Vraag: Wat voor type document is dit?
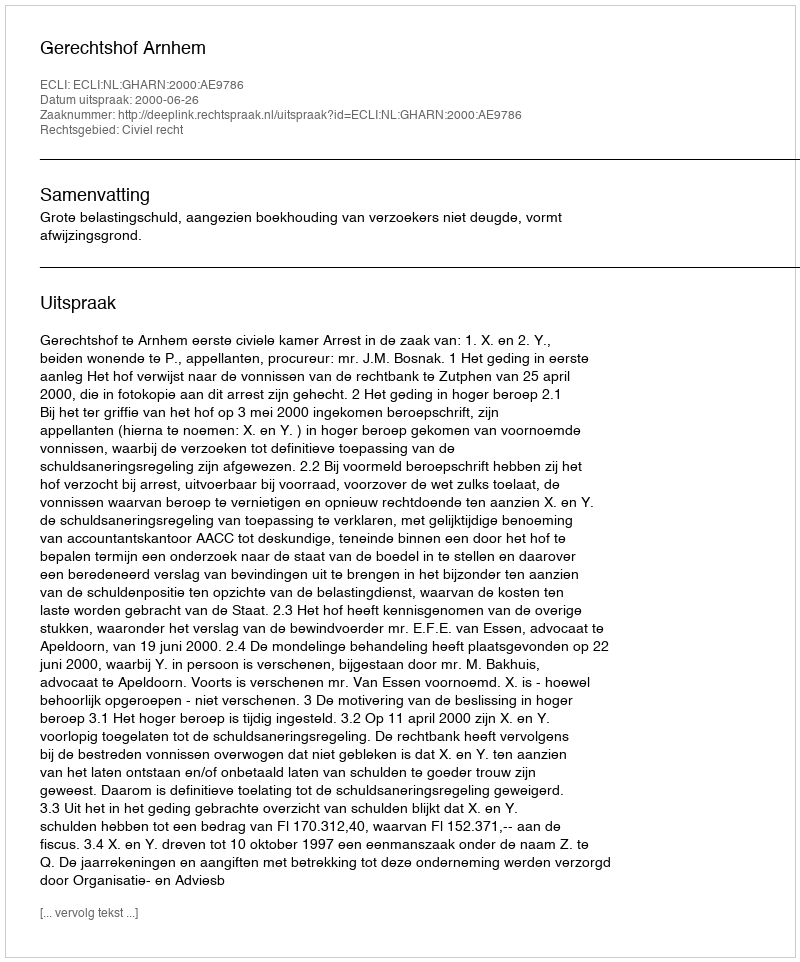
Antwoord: Uitspraak